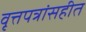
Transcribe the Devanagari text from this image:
वृत्तपत्रांसहीत